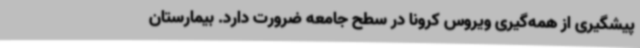
پیشگیری از همه‌گیری ویروس کرونا در سطح جامعه ضرورت دارد. بیمارستان